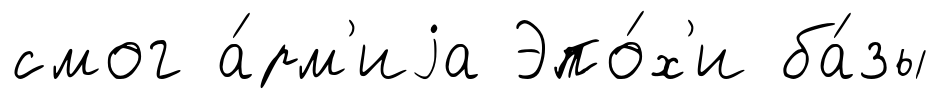
смог а́рм'иjа Эпо́х'и ба́зы